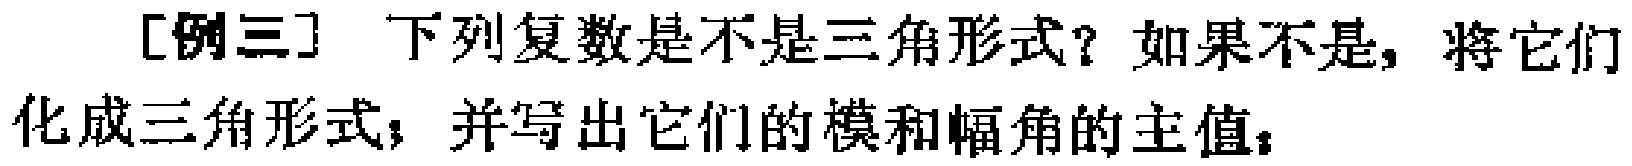
[例三] 下列复数是不是三角形式？如果不是，将它们化成三角形式；并写出它们的模和幅角的主值；